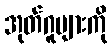
အုတ်ဂူများကို